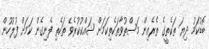
ބޮޑުކަމު ދިޔަ ތަކެތީގެ ތެރެއިން މަސްތުވާތަކެތިކަމަށް ޝައްކުކުރެވޭ ތަކެތި ފެނިގެން ކަމަށް ފުލުހުން